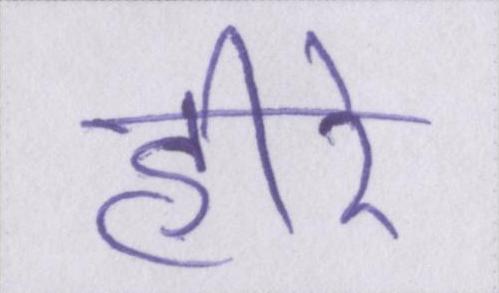
हीरे